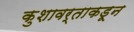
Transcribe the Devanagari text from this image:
कुशावर्ताकडून